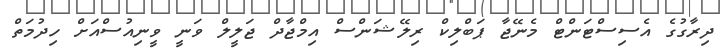
ދިރާގުގެ އެސިސްޓަންޓް މެނޭޖާ ޕަބްލިކް ރިލޭޝަންސް އިމްޖާދް ޖަލީލް ވަނީ ވީނިއުސްއަށް ހިދުމަތް